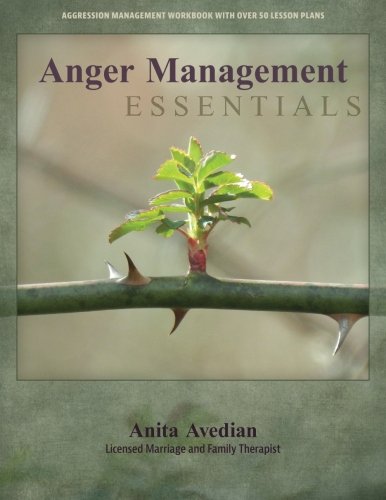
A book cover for Anger Management Essentials: A Workbook for People to Manage their Aggression; Anita Avedian LMFT; Self-Help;